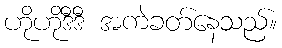
ဟိုဟိုဒီဒီ အကဲခတ်နေသည်။